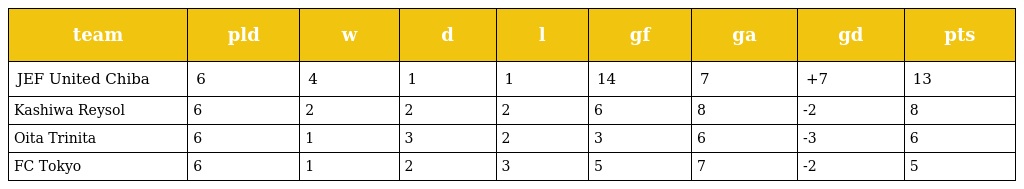
| team | pld | w | d | l | gf | ga | gd | pts |
 | --- | --- | --- | --- | --- | --- | --- | --- | --- |
 | JEF United Chiba | 6 | 4 | 1 | 1 | 14 | 7 | +7 | 13 |
 | Kashiwa Reysol | 6 | 2 | 2 | 2 | 6 | 8 | -2 | 8 |
 | Oita Trinita | 6 | 1 | 3 | 2 | 3 | 6 | -3 | 6 |
 | FC Tokyo | 6 | 1 | 2 | 3 | 5 | 7 | -2 | 5 |